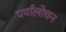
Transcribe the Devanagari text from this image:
पर्यांलोचन